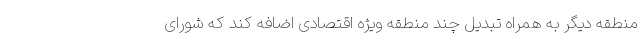
منطقه دیگر به همراه تبدیل چند منطقه ویژه اقتصادی اضافه کند که شورای